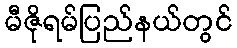
မီဇိုရမ်ပြည်နယ်တွင်